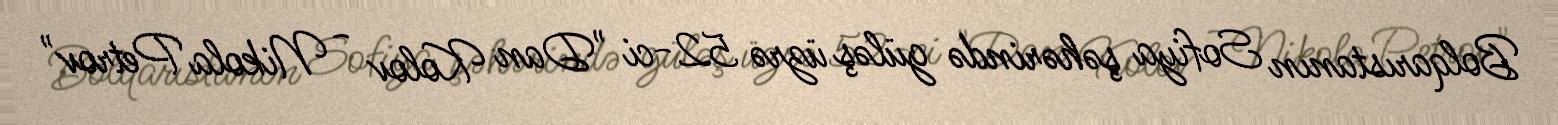
Bolqarıstanın Sofiya şəhərində güləş üzrə 52-ci "Dan Kolov - Nikola Petrov"